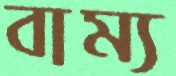
বাম্য